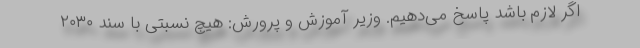
اگر لازم باشد پاسخ می‌دهیم. وزیر آموزش و پرورش: هیچ نسبتی با سند ۲۰۳۰